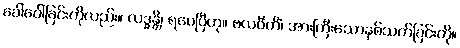
ခေါ်ဝေါ်ခြင်းကိုလည်း။ လဒ္ဓန္တိ၊ ရပေပြီဟု။ ဗလဝီတိံ၊ အားကြီးသောနှစ်သက်ခြင်းကို။